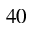
4 0